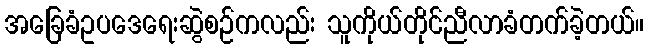
အခြေခံဥပဒေရေးဆွဲစဉ်ကလည်း သူကိုယ်တိုင်ညီလာခံတက်ခဲ့တယ်။